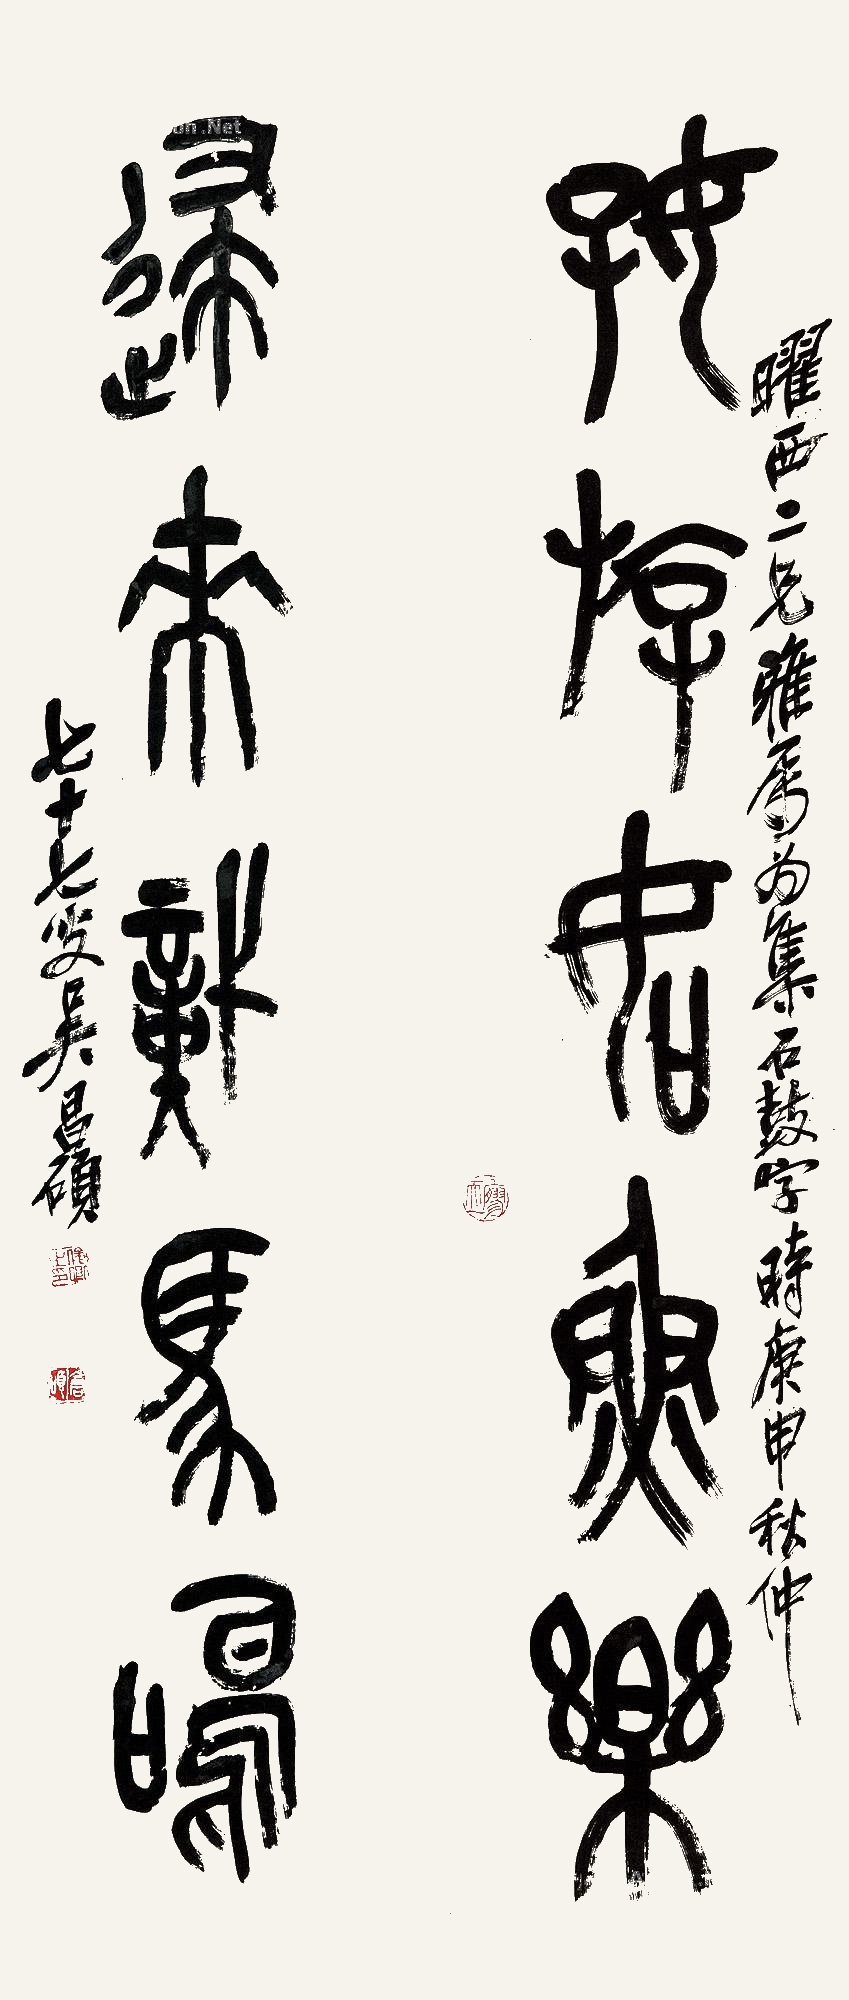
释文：好游如鱼乐，归来识马鸣。曜西二兄雅属，为集石鼓字，时庚申秋仲，七十七叟吴昌硕。